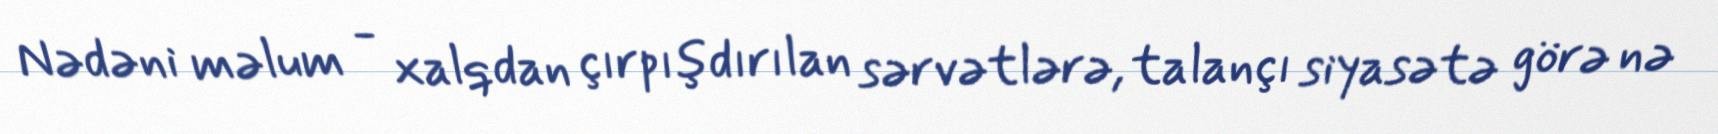
Nədəni məlum - xalqdan çırpışdırılan sərvətlərə, talançı siyasətə görə nə